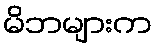
မိဘများက